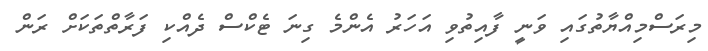
މިރަސްމިއްޔާތުގައި ވަނީ ފާއިތުވި އަހަރު އެންމެ ގިނަ ޓެކްސް ދެއްކި ފަރާތްތަކަށް ރަން